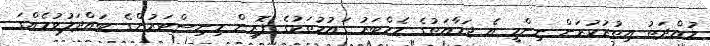
މުއްދަތު އިތުރުކުރަން ނިންމީ އެ ޖަމާއަތުގެ މެމްބަރު ގައުމުތަކުގެ ފޮރިން މިނިސްޓަރުންގެ ބައްދަލުވުމެއްގަ